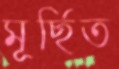
মূর্ছিত